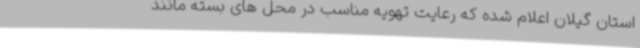
استان گیلان اعلام شده که رعایت تهویه مناسب در محل های بسته مانند